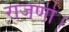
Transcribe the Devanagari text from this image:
राजणी।